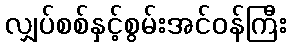
လျှပ်စစ်နှင့်စွမ်းအင်ဝန်ကြီး